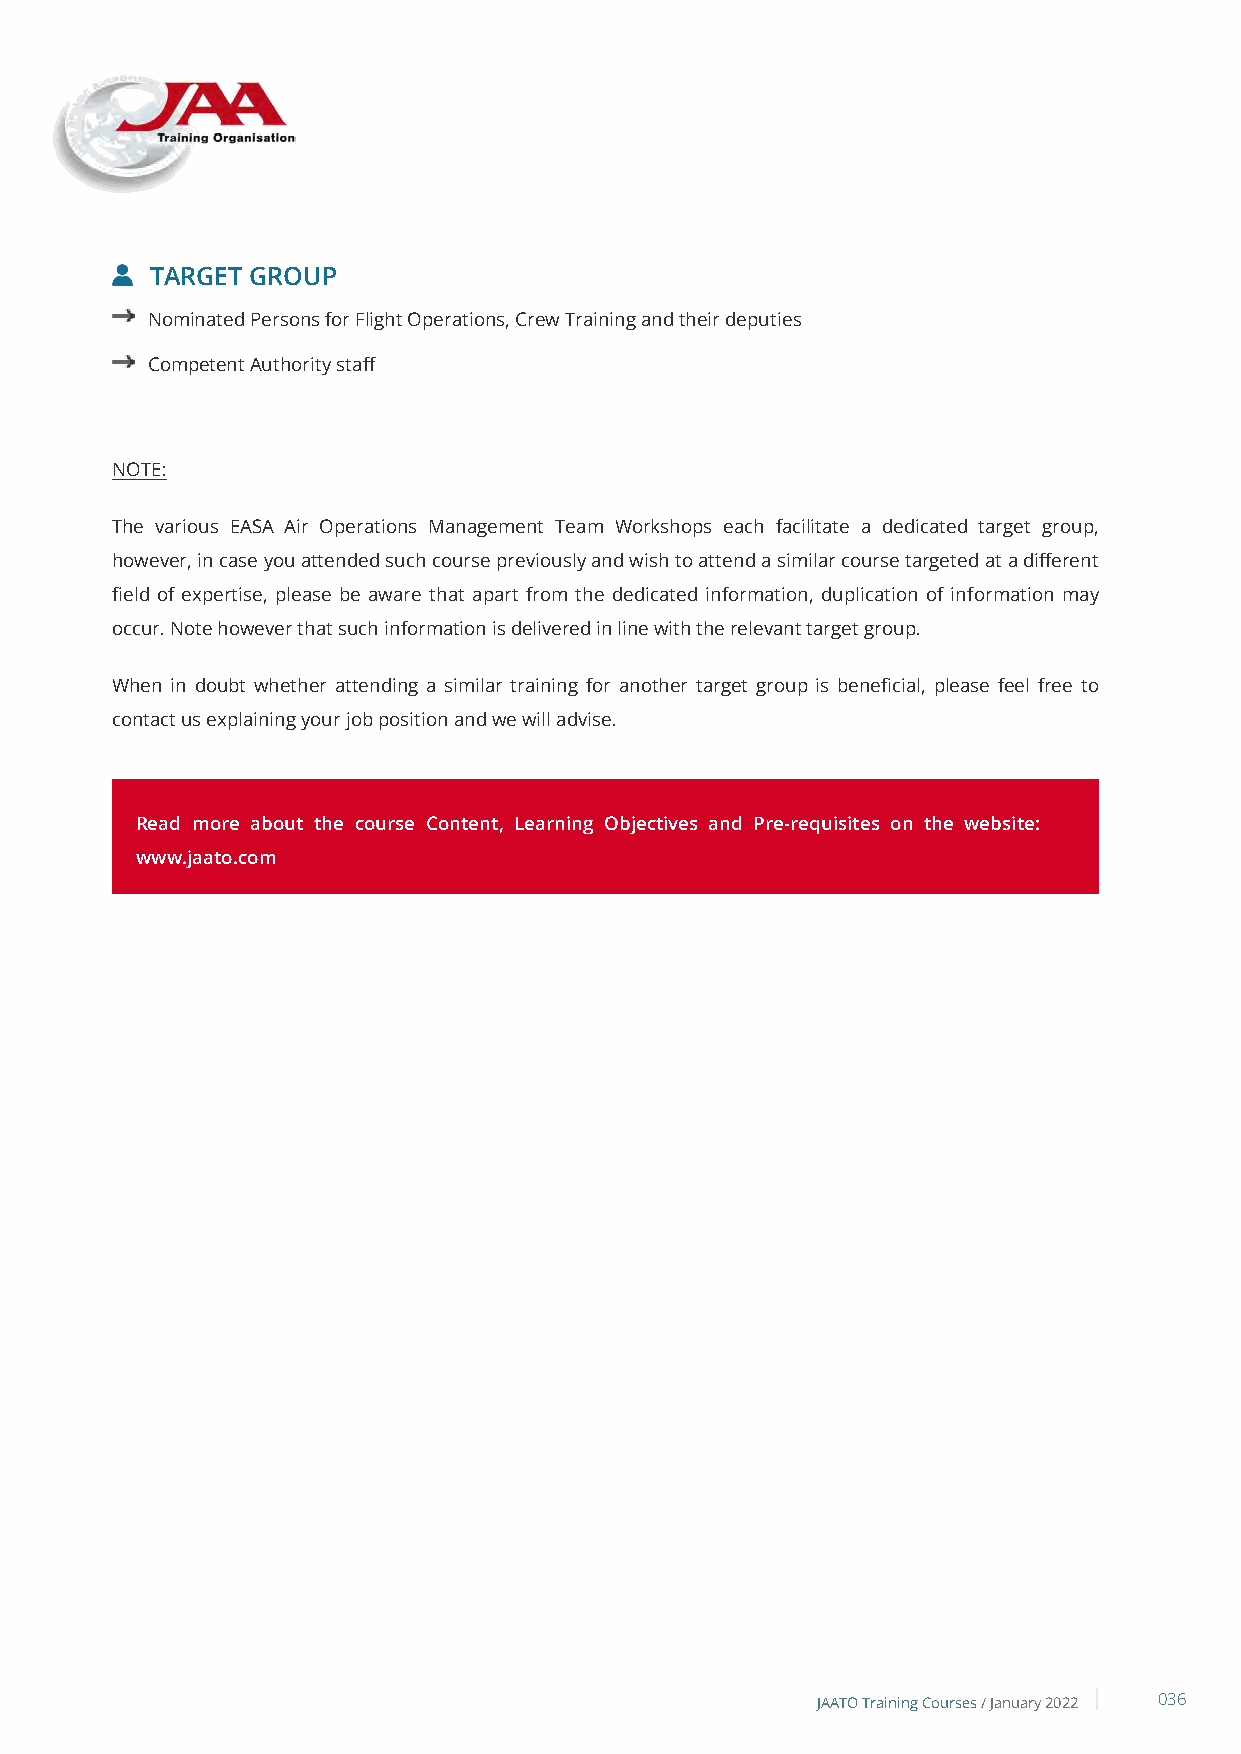
TARGET GROUP
 Nominated Persons for Flight Operations, Crew Training and their deputies
 Competent Authority staff
 NOTE:
 The various EASA Air Operations Management Team Workshops each facilitate a dedicated target group,
 however, in case you attended such course previously and wish to attend a similar course targeted at a different
 field of expertise, please be aware that apart from the dedicated information, duplication of information may
 occur. Note however that such information is delivered in line with the relevant target group.
 When in doubt whether attending a similar training for another target group is beneficial, please feel free to
 contact us explaining your job position and we will advise.
 Read more about the course Content, Learning Objectives and Pre-requisites on the website:
 www.jaato.com
 JAATO Training Courses /January 2022 036